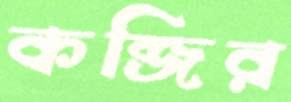
কব্জির